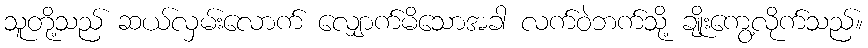
သူတို့သည် ဆယ်လှမ်းလောက် လျှောက်မိသောအခါ လက်ဝဲဘက်သို့ ချိုးကွေ့လိုက်သည်။